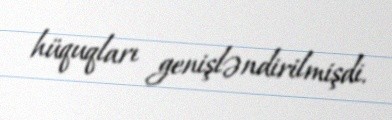
hüquqları genişləndirilmişdi.